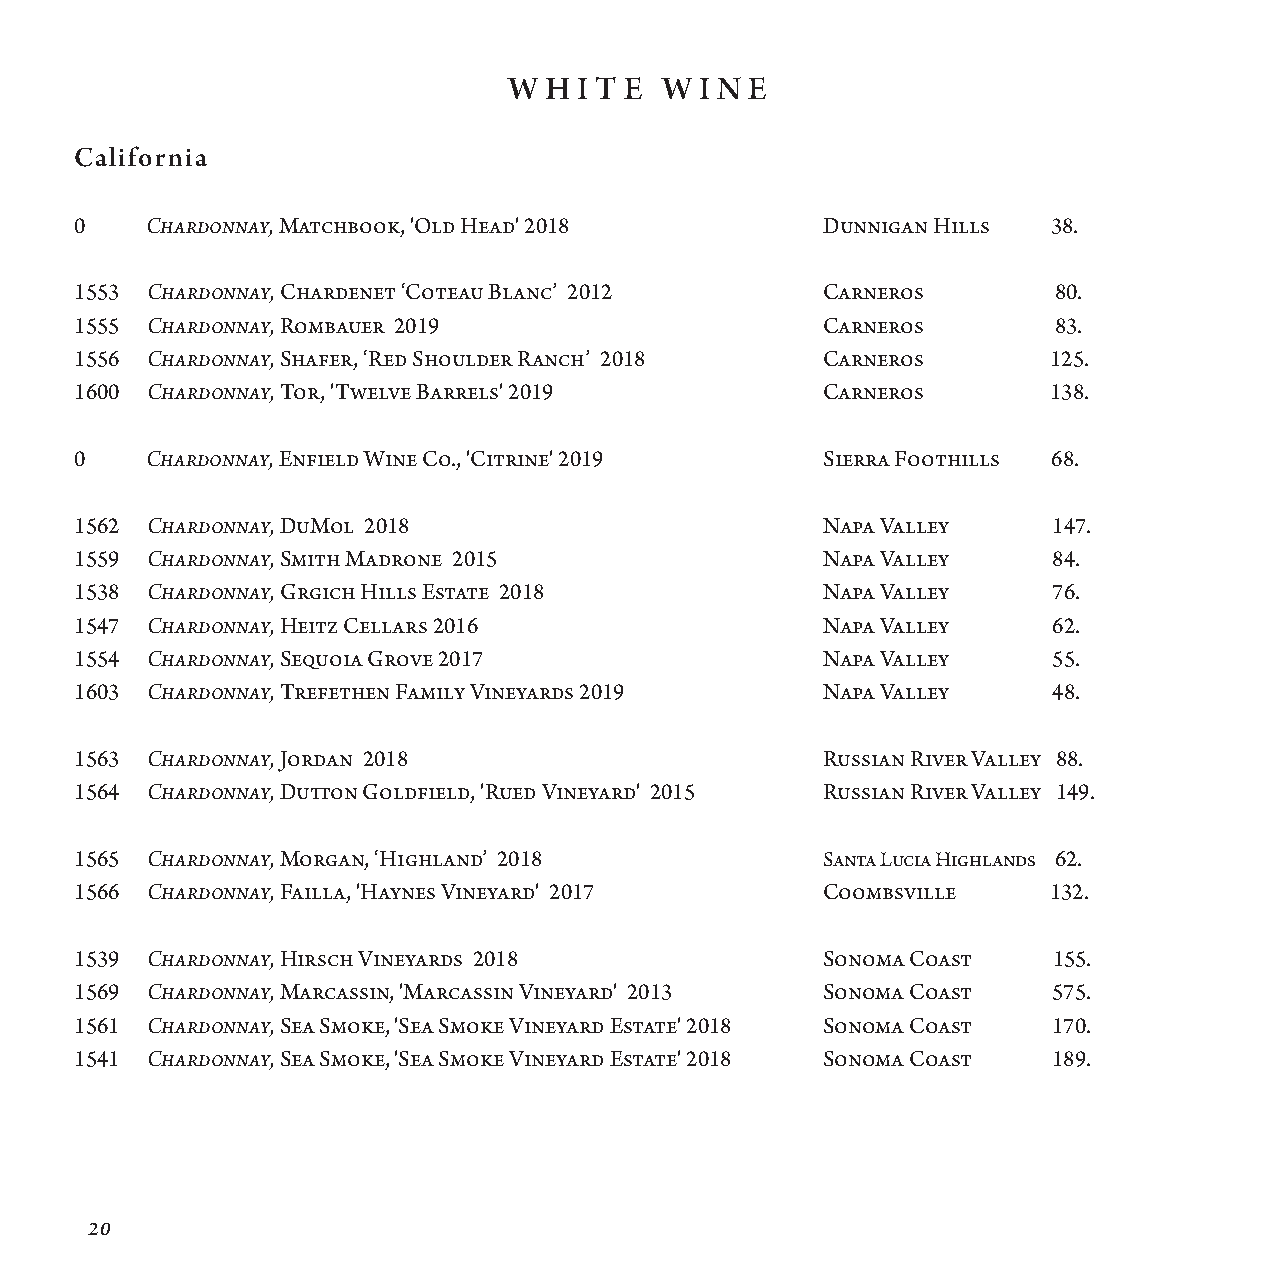
W H I T E W I N E
 California
 0    Chardonnay, Matchbook, 'Old Head' 2018       Dun n igan Hills 38.
 1553 Chardonnay, Chardenet ‘Coteau Blanc’ 2012    Car n eros     80.
 1555 Chardonnay, Rombauer 2019                    Carneros       83.
 1556 Chardonnay, Shafer, ‘Red Shoulder Ranch’ 2018 Carneros      125.
 1600 Chardonnay, Tor, 'Twelve Barrels' 2019       Carneros       138.
 0    Chardonnay, Enfield Wine Co., 'Citrine' 2019 Sierra Foothills 68.
 1562 Chardonnay, DuMol 2018                       N apa Valley   147.
 1559 Chardonnay, Smith Madrone 2015               N apa Valley   84.
 1538 Chardonnay, Grgich Hills Estate 2018         N apa Valley   76.
 1547 Chardonnay, Heitz Cellars 2016               N apa Valley   62.
 1554 Chardonnay, Sequoia Grove 2017               N apa Valley   55.
 1603 Chardonnay, Trefethen Family Vineyards 2019  N apa Valley   48.
 1563 Chardonnay, Jordan 2018                      Russian River Valley 88.
 1564 Chardonnay, Dutton Goldfield, 'Rued Vineyard' 2015 Rus s i an River Valley 149.
 1565 Chardonnay, Morgan, ‘Highland’ 2018          Santa Lucia Highlands 62.
 1566 Chardonnay, Failla, 'Haynes Vineyard' 2017   C oombsville   132.
 1539 Chardonnay, Hirsch Vineyards 2018            Sonoma Coast   155.
 1569 Chardonnay, Marcassin, 'Marcassin Vineyard' 2013 Son o ma Coast 575.
 1561 Chardonnay, Sea Smoke, 'Sea Smoke Vineyard Estate' 2018 Son o ma Coast 170.
 1541 Chardonnay, Sea Smoke, 'Sea Smoke Vineyard Estate' 2018 Son o ma Coast 189.
 20